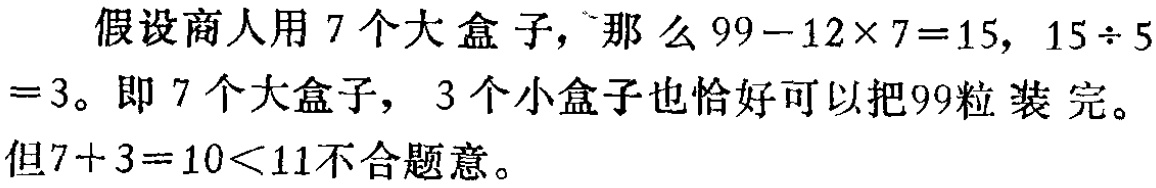
假设商人用 7 个大盒子，那么 \(99 - 12\times7 = 15\)，\(15\div5 = 3\)。即 7 个大盒子，3 个小盒子也恰好可以把99粒装完。但\(7 + 3 = 10<11\)不合题意。